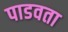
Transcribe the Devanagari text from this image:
पाडवता